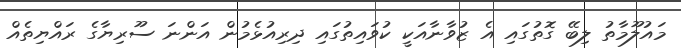
މައުލޫމާތު ލިބޭ ގޮތުގައި އެ ޒުވާނާއަކީ ކުވައިތުގައި ދިރިއުޅެމުން އަންނަ ސޫރިޔާގެ ރައްޔިތެއް